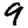
Digit: 9